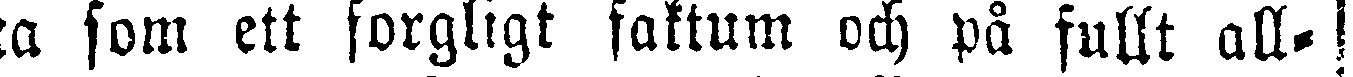
a som ett sorgllgt faktum och på fullt all-